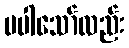
မပါသော်လည်း